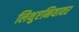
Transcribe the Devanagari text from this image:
लिथुएनियावर